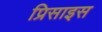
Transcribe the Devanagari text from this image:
प्रिसाइस